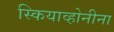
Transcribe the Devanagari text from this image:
स्कियाव्होनीना